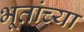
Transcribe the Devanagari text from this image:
भूतांच्या